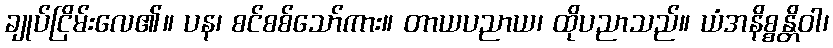
ချုပ်ငြိမ်းလေ၏။ ပန၊ စင်စစ်သော်ကား။ တာယပညာယ၊ ထိုပညာသည်။ ယံအနိစ္စန္တိဝါ၊